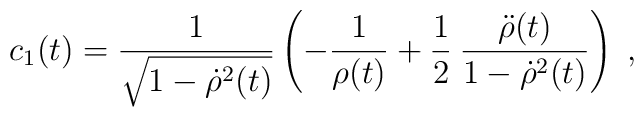
c_1(t)=\frac{1}{\sqrt{1-{\dot\rho}^2(t)}}\left(-\frac{1}{\rho(t)}+\frac{1}{2}\:\frac{{\ddot\rho}(t)}{1-{\dot\rho}^2(t)}\right)\; ,